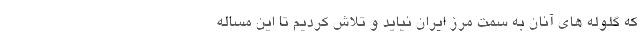
که گلوله های آنان به سمت مرز ایران نیاید و تلاش کردیم تا این مساله